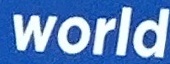
world